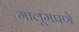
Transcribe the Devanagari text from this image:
मालूमपणे